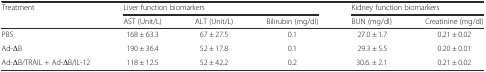
| <ROWSPAN=2> Treatment | <COLSPAN=3> Liver function biomarkers | <COLSPAN=2> Kidney function biomarkers |
 | AST (Unit/L) | ALT (Unit/L) | Bilirubin (mg/dl) | BUN (mg/dl) | Creatinine (mg/dl) |
 | --- | --- | --- | --- | --- | --- |
 | PBS | 168 ± 63.3 | 67 ± 27.5 | 0.1 | 27.0 ± 1.7 | 0.21 ± 0.02 |
 | Ad-ΔB | 190 ± 36.4 | 52 ± 17.8 | 0.1 | 29.3 ± 5.5 | 0.20 ± 0.01 |
 | Ad-ΔB/TRAIL + Ad-ΔB/IL-12 | 118 ± 12.5 | 52 ± 42.2 | 0.2 | 30.6. ± 2.1 | 0.21 ± 0.02 |